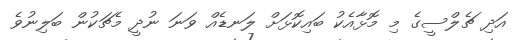
އަދި ޗެލްސީގެ މި މޮޅާއެކު ބައިކޮޅަށް ލަނޑެއް ވަނަ ނުދީ މެޗަކުން ބަލިނުވެ